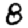
Digit: 8